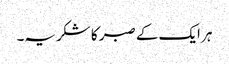
ہر ایک کے صبر کا شکریہ۔